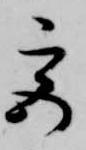
宮